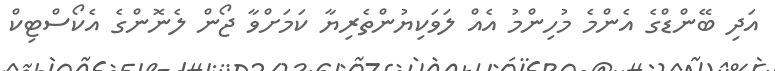
އަދި ބޭންޑްގެ އެންމެ މުހިންމު އެއް ލަވަކިޔުންތެރިޔާ ކަމަށްވާ ޖޯން ލެނޮންގެ އެކޯސްޓިކް